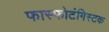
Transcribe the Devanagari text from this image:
फास्फोटंगिस्टक